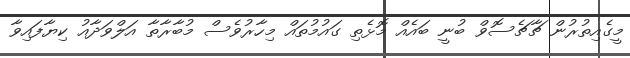
މީގެއިތުރުން ޗާޗެސޮވް ބުނީ ބައެއް މޮޅެތި ގައުމުތައް މިހާރުވެސް މުބާރާތާ އަލްވަދާއު ކިޔާފައިވާ